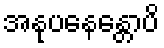
အနုပနေန္တောပိ